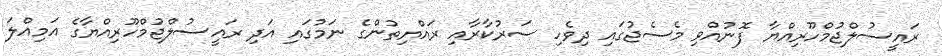
ރައީސުލްޖުމްހޫރިއްޔާ ފޮނުއްވި މެސެޖުގައި ދިވެހި ސަރުކާރާއި ރައްޔިތުންގެ ނަމުގައި އަދި ރައީސުލްޖުމްހޫރިއްޔާގެ އަމިއްލަ